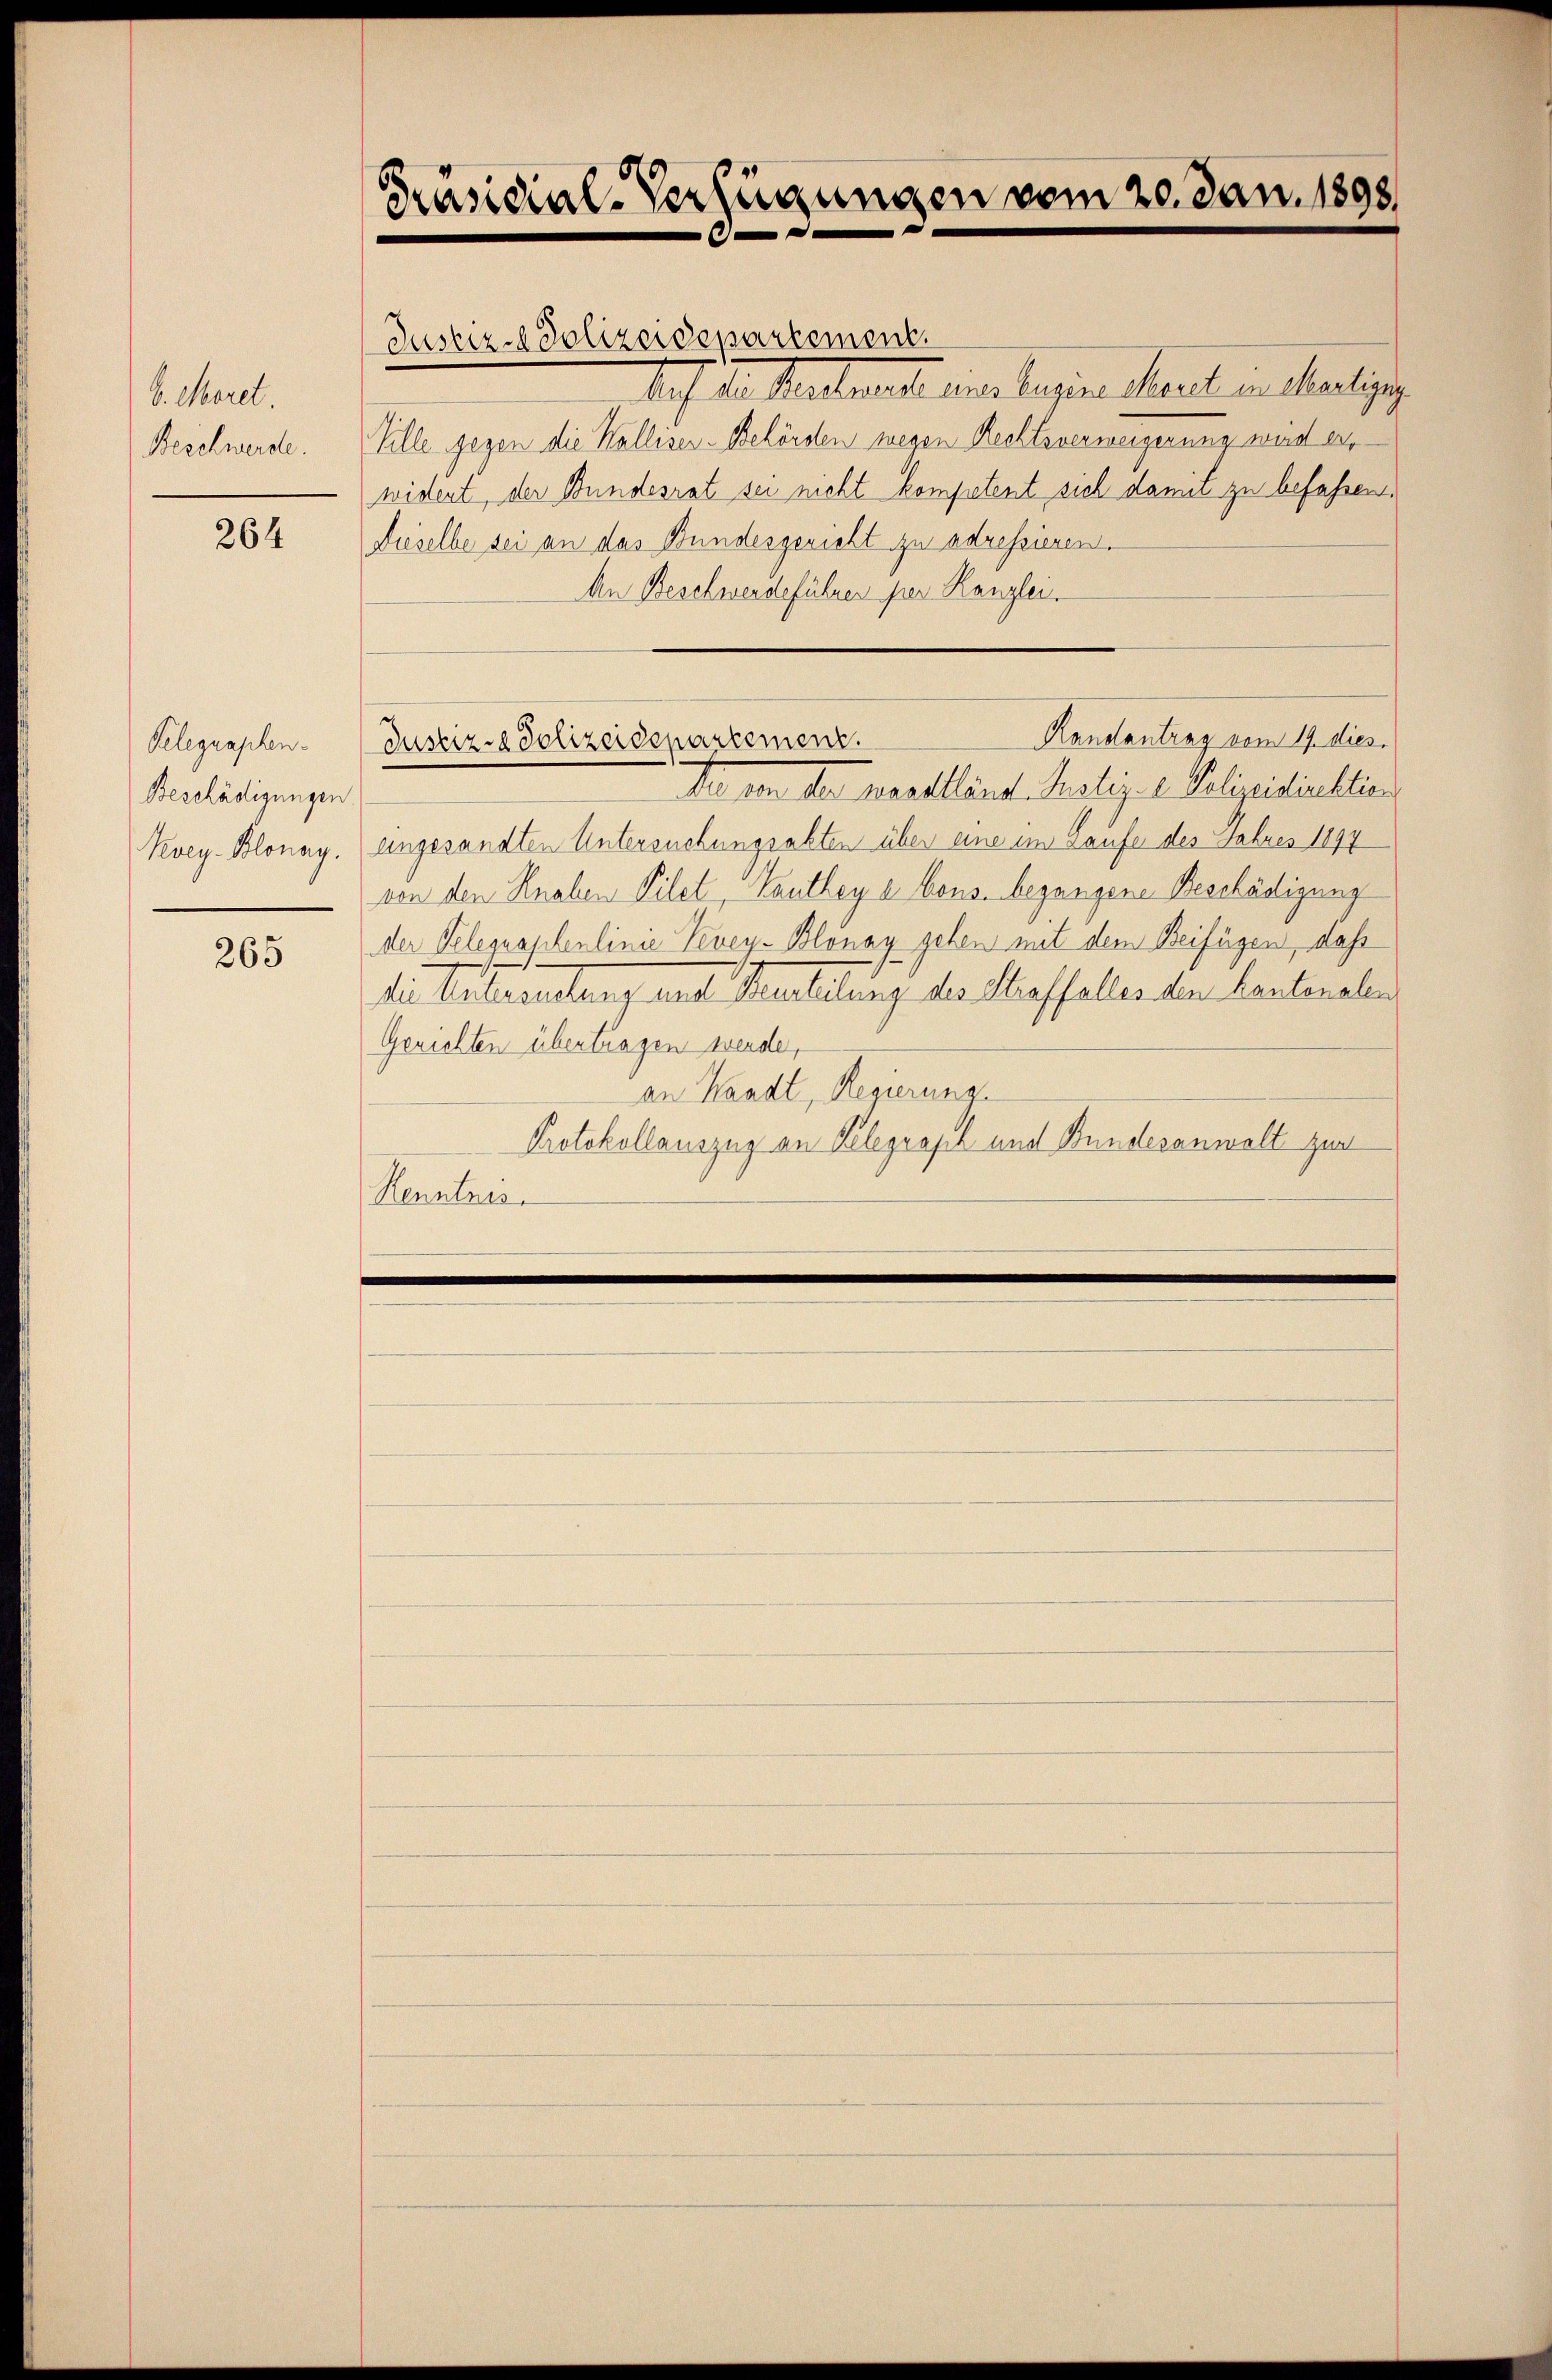
b. Morel
Beschwerde.

264

Kelegraphen-
Beschädigungen.
Koey-Blonay.

265

Präsidial-Verfügungen vom 20. Jan. 1898.
.

Justiz-Polizeidepartement.
Auf den Rentmacht eine Regien hart an heutig
Ville gegen die Walliser-Behörden wegen Rechtsverweigerung wird er
widert, der Bundesrat sei nicht kompetent sich damit zu befassen,
Dieselbe sei an das Bundesgericht zu adressieren.
An Beschwerdeführen per Kanzlei.
Der von der Basellant Rustiz- u. Polizeidirektion
eingesandten Untersuchungsakten über eine im Laufe des Fahres 1897
von den Knaben Vilet, Panthey e bons. begangene Beschädigung
der Telegraphenlinie Vevey-Blonay gehen mit dem Beifügen, daß
die Untersuchung und Beurteilung des Straffalles den Kantonalen
Gerichten übertragen werde,
an Waadt, Regierung
Protokollauszug an Kelegraph und Bundesanwalt zur
Henntnis

Randantrag vom 19. dies
Justiz - Polizeidepartement.